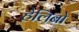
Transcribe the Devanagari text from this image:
हेलिबो